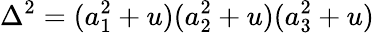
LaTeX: \Delta^{2}=(a_{1}^{2}+u)(a_{2}^{2}+u)(a_{3}^{2}+u)